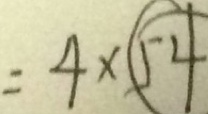
= 4 \times \textcircled { 5 4 }